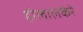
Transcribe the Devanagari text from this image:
होलालकेरे